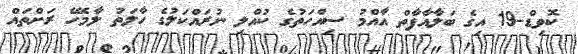
ކޮވިޑް-19 އިގެ ބަލާއާފާތް އާއްމު ސިއްހަތުގެ ކުއްލި ނުރައްކަލުގެ ހާލަތު ލާމެހޭ ރަށްތައް